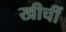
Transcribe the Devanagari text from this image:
खीचीं